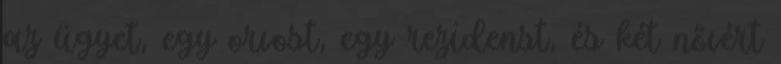
az ügyet, egy orvost, egy rezidenst, és két nővért